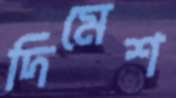
দিমেশ